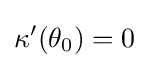
\kappa '(\theta _{0})=0